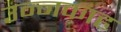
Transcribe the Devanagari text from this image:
उन्नकाह